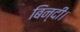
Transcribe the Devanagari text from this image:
बिन्दी।